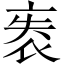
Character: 袠